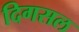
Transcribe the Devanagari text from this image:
दिगसल